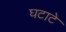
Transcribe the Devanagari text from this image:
घटाटे